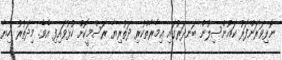
ނޮޅިވަރަންފަރު ކައުންސިލުން ބަނދަރުގައި ޢިމާރާތްކުރި ދަތުރިޔާ ރަސްމީކޮށް ހުޅުވައިފި އެވެ. މިދަތުރު ހިޔާ